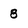
Character: 8